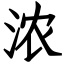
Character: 浓